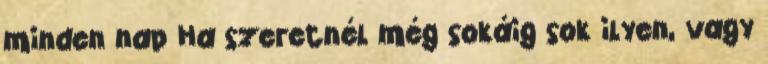
minden nap Ha szeretnél még sokáig sok ilyen, vagy